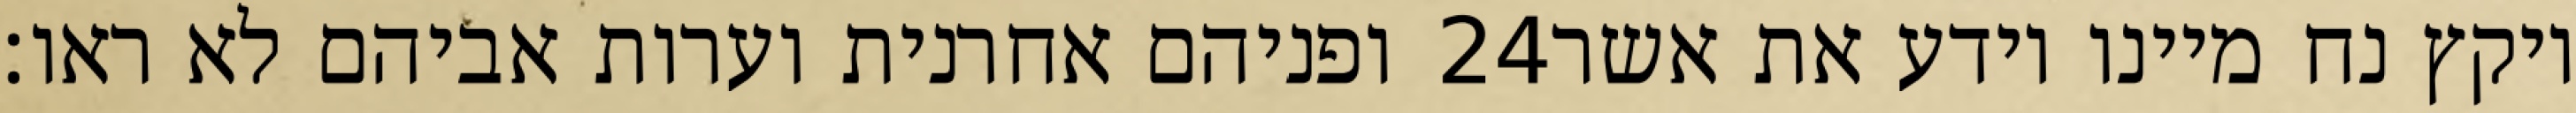
ופניהם אחרנית וערות אביהם לא ראו׃ ‎24‏ ויקץ נח מיינו וידע את אשר